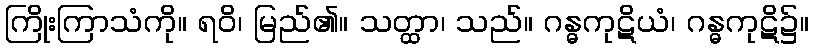
ကြိုးကြာသံကို။ ရဝိ၊ မြည်၏။ သတ္ထာ၊ သည်။ ဂန္ဓကုဋိယံ၊ ဂန္ဓကုဋိ၌။